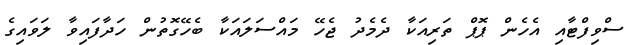
ސްވިފްޓާއި އެހެން ޕޮޕް ތަރިއަކާ ދެމެދު ޖެހޭ މައްސަލައަކާ ބެހޭގޮތުން ހަދާފައިވާ ލަވައިގެ